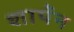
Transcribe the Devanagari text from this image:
शार्पेन